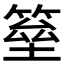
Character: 𱸕